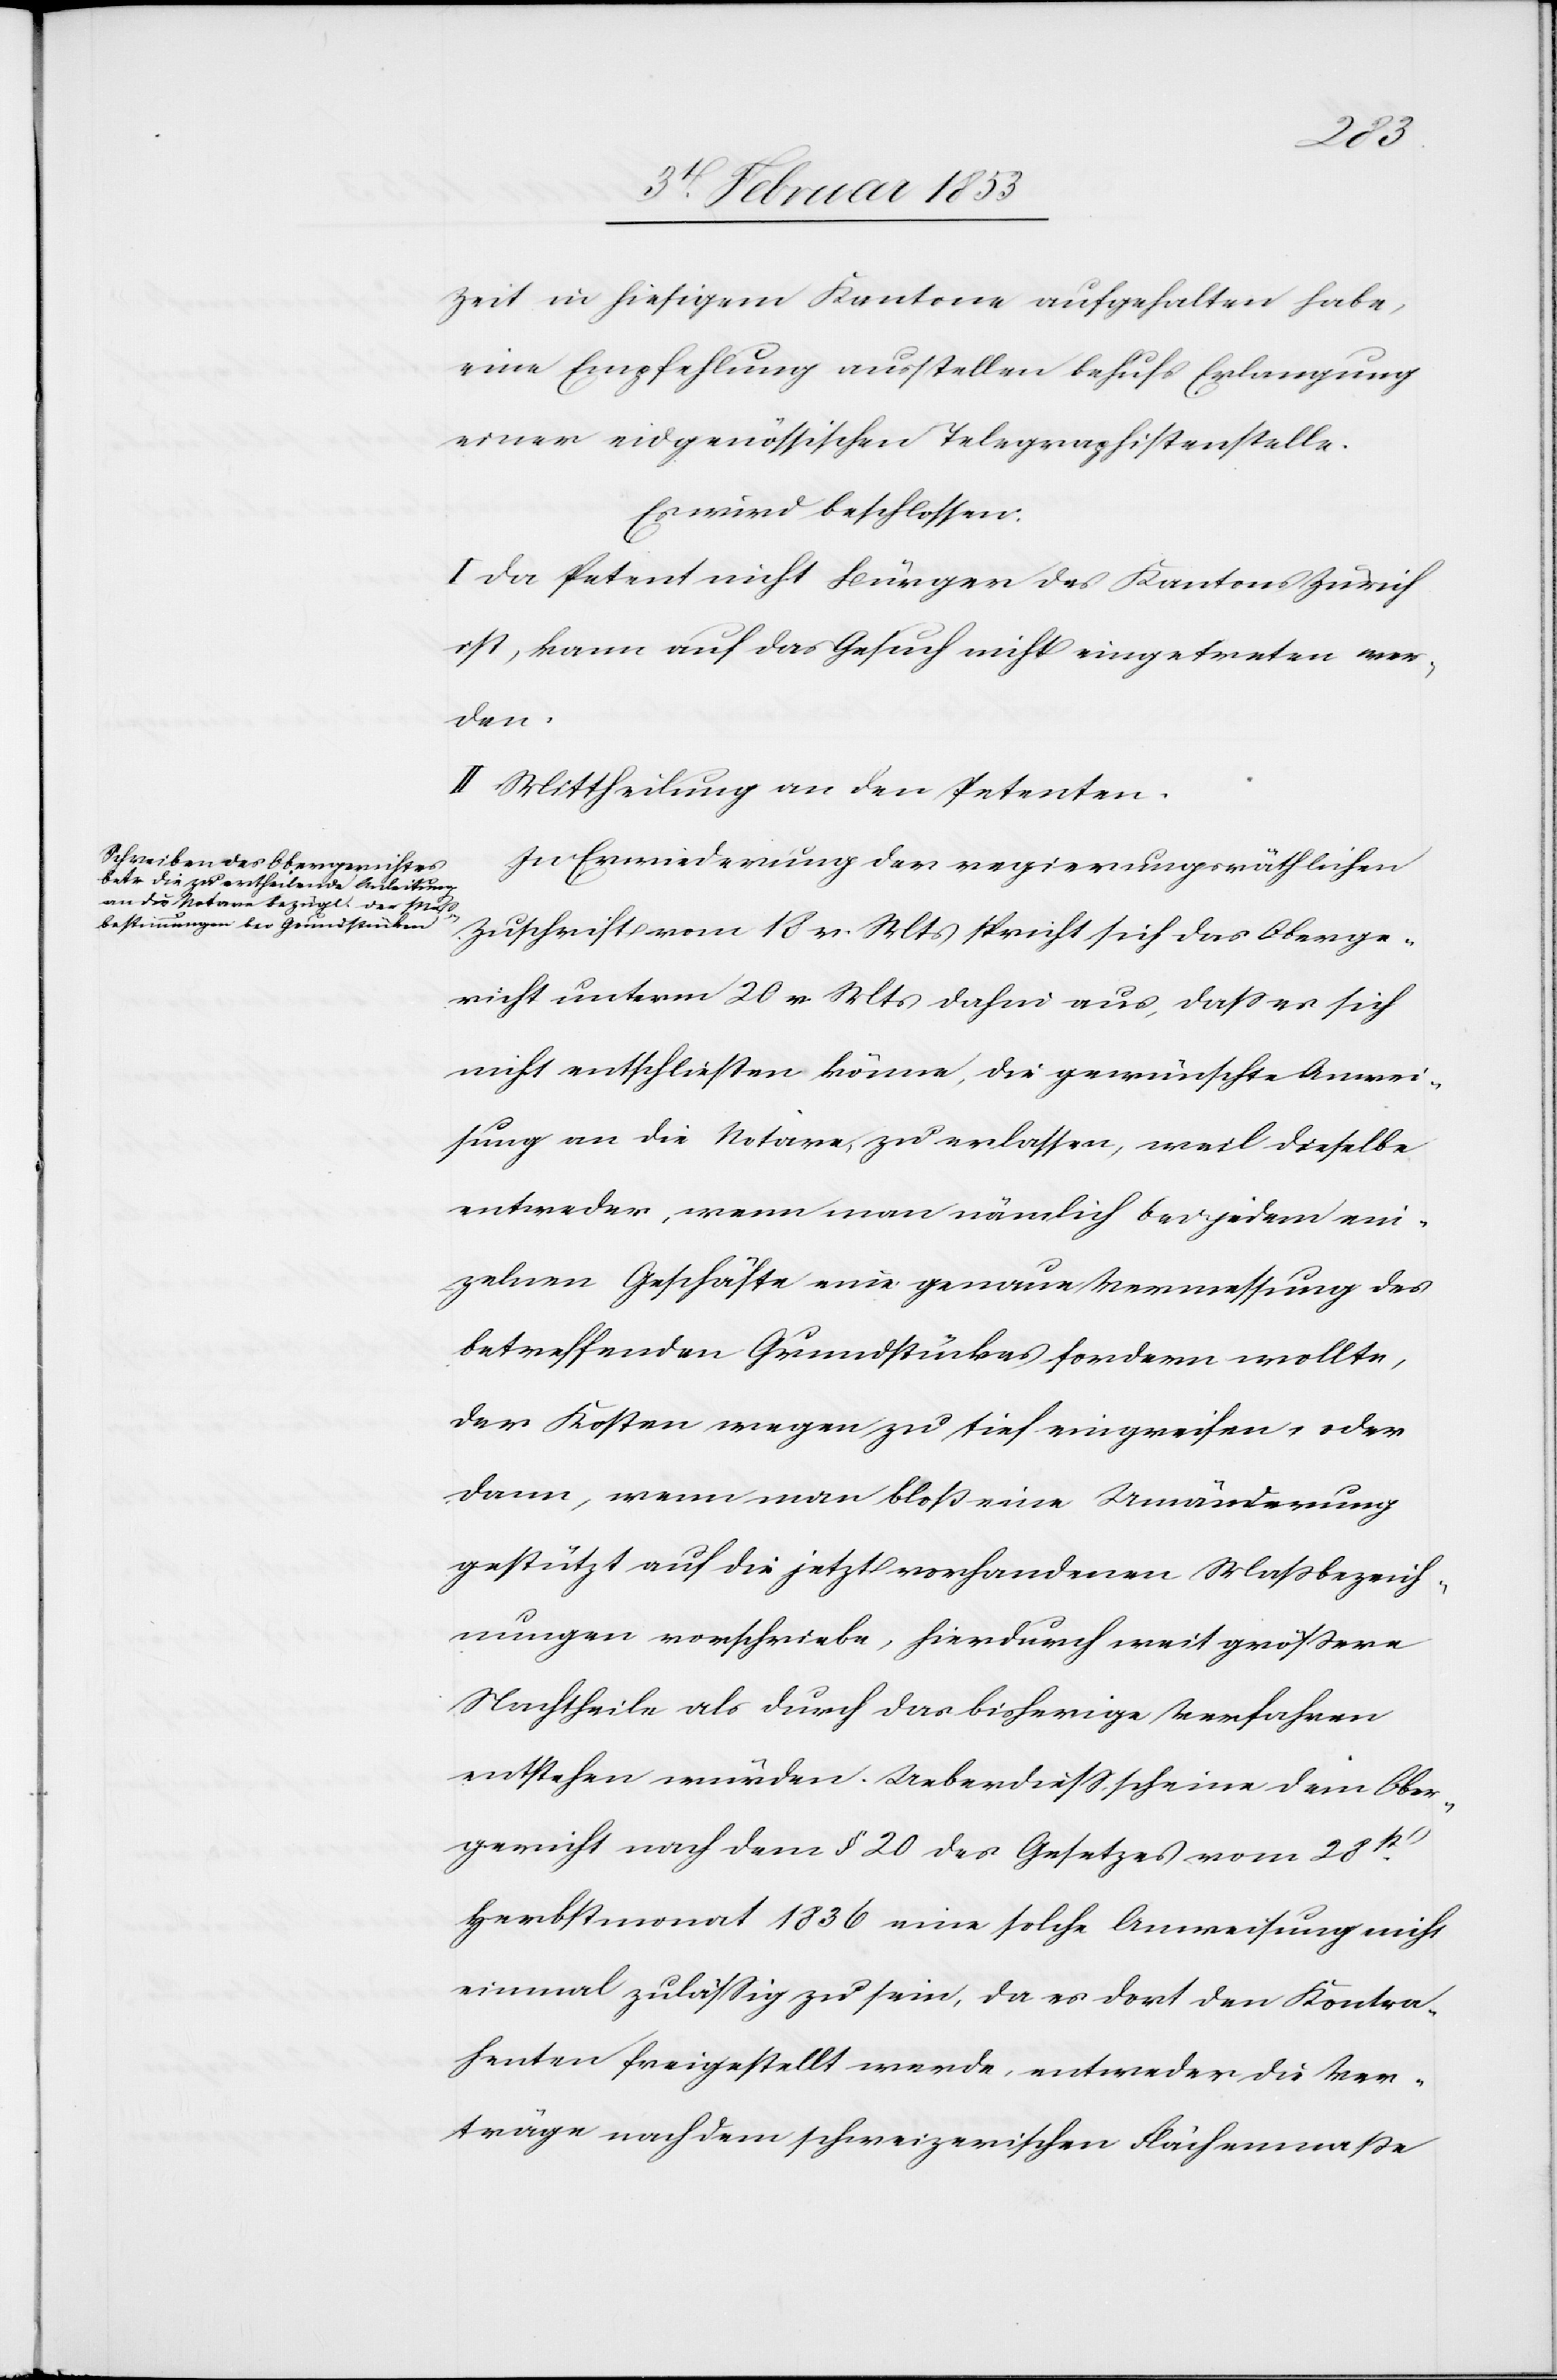
Zeit in hiesigem Kantone aufgehalten habe,
eine Empfehlung ausstellen behufs Erlangung
einer eidgenößischen Telegrafistenstelle.
Es wird beschlossen:
I. Da Petent nicht Bürger des Kantons Zürich
ist, kann auf das Gesuch nicht eingetreten wer¬
den.
II. Mittheilung an den Petenten.
In Erwiederung der regierungsräthlichen
Zuschrift vom 18 v. Mts. spricht sich das Oberge¬
richt unterm 20 v. Mts. dafür aus, daß es sich
nicht entschließen könne, die gewünschte Anwei¬
sung an die Notare, zu erlassen, weil dieselbe
entweder, wenn man nämlich bei jedem ein¬
zelnen Geschäfte eine genau Vermessung des
betreffenden Grundstückes fordern wollte,
der Kosten wegen zu tief eingreifen, oder
dann, wenn man bloß eine Umänderung
gestützt auf die jetzt vorhandenen Maßbezeich¬
nungen vorschiebe, hierdurch weit größere
Nachtheile als durch das bisherige Verfahren
entstehen würden. Ueberdieß, scheine dem Ober¬
gericht nach dem § 20 des Gesetzes vom 28t.
Herbstmonat 1836 eine solche Anweisung nicht
einmal zuläßig zu sein, da es dort den Kontra¬
henten freigestellt werde, entweder die Ver¬
träge nach dem schweizerischen Flächenmaße